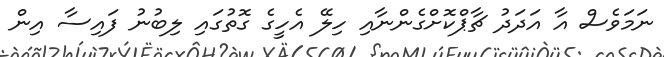
ނަމަވެސް އާ އަދަދު ޗާޕްކޮށްގެންނާއި ހިލޭ އެހީގެ ގޮތުގައި ލިބުނު ފައިސާ އިން